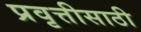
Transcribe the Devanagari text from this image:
प्रवृत्तीसाठी